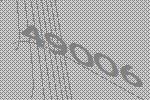
49006